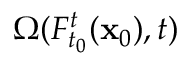
\Omega ( F _ { t _ { 0 } } ^ { t } ( \mathbf x _ { 0 } ) , t )